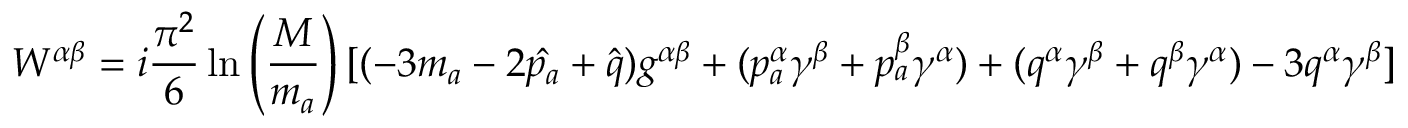
W ^ { \alpha \beta } = i \frac { \pi ^ { 2 } } { 6 } \ln \left( \frac { M } { m _ { a } } \right) [ ( - 3 m _ { a } - 2 \hat { p _ { a } } + \hat { q } ) g ^ { \alpha \beta } + ( p _ { a } ^ { \alpha } \gamma ^ { \beta } + p _ { a } ^ { \beta } \gamma ^ { \alpha } ) + ( q ^ { \alpha } \gamma ^ { \beta } + q ^ { \beta } \gamma ^ { \alpha } ) - 3 q ^ { \alpha } \gamma ^ { \beta } ]